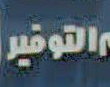
التوفير